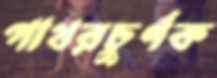
পাথরচুর্ণক